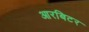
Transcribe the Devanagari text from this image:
आरबिटर